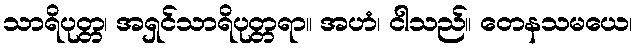
သာရိပုတ္တ၊ အရှင်သာရိပုတ္တရာ။ အဟံ၊ ငါသည်။ တေနသမယေ၊